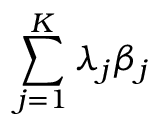
\sum _ { j = 1 } ^ { K } \lambda _ { j } \beta _ { j }